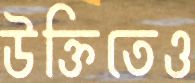
উক্তিতেও